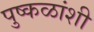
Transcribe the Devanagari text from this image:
पुष्कळांशी